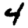
Digit: 4